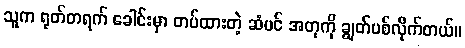
သူက ရုတ်တရက် ခေါင်းမှာ တပ်ထားတဲ့ ဆံပင် အတုကို ချွတ်ပစ်လိုက်တယ်။